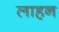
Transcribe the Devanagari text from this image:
लाहन